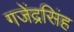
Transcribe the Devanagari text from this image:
गजेंद्रसिंह